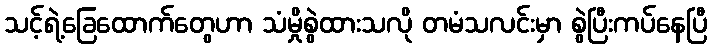
သင့်ရဲ့ခြေထောက်တွေဟာ သံမှိုစွဲထားသလို တမံသလင်းမှာ စွဲပြီးကပ်နေပြီ